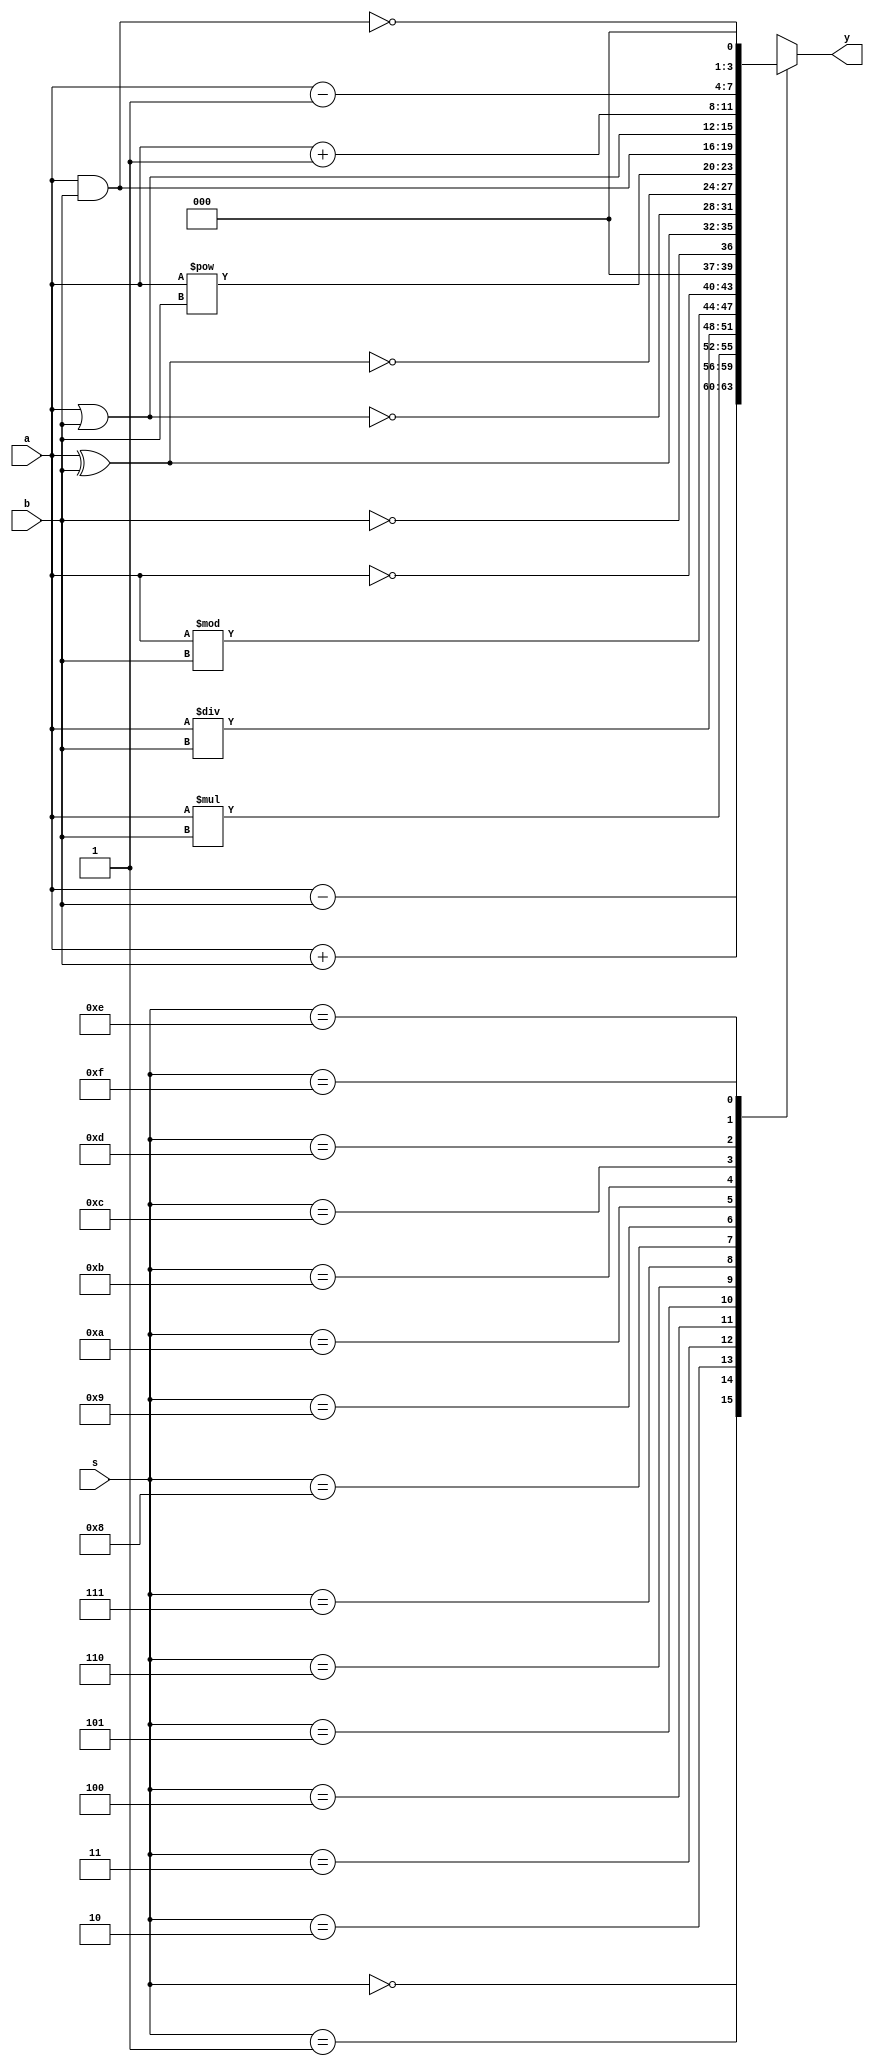
`timescale 1ns / 1ps
//////////////////////////////////////////////////////////////////////////////////
// Company: 
// Engineer: 
// 
// Design Name: 
// Module Name:    Alu 
// Project Name: 
// Target Devices: 
// Tool versions: 
// Description: 
//
// Dependencies: 
//
// Revision: 
// Revision 0.01 - File Created
// Additional Comments: 
//
//////////////////////////////////////////////////////////////////////////////////
module Alu(a,b,s,y);
input [3:0]a,b,s;
output reg [3:0]y;
always@(*)
begin
case(s)
	4'b0000:y=a+b;//Addition
	4'b0001:y=a-b;//Substraction
	4'b0010:y=a*b;//Multipiler
	4'b0011:y=a/b;//Division
	4'b0100:y=a%b;//Modulo
	4'b0101:y=~a;//not a
	4'b0110:y=!b;//not b
	4'b0111:y=a^b;//xor
	4'b1000:y=~(a|b);//nor
	4'b1001:y=~(a^b);//xnor
	4'b1010:y=a**b;//square
	4'b1011:y=a&b;//and
	4'b1100:y=a|b;//or
	4'b1101:y=a+1;//increment
	4'b1110:y=a-1;//decrement
	4'b1111:y=!(a&b);//nand
	default:y=4'bzzz;
endcase
end

endmodule